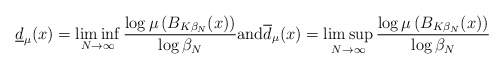
\begin{align*}\underline{d} _{\mu } ( x ) = \liminf _{N \rightarrow \infty } \frac{\log \mu \left( B _{K \beta _N } ( x ) \right)}{\log \beta _N}\mbox{and} \overline{d} _{\mu } ( x ) = \limsup _{N \rightarrow \infty } \frac{\log \mu \left( B _{K \beta _N } ( x ) \right)}{\log \beta _N }\end{align*}